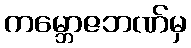
ကမ္ဘောဇဘဏ်မှ